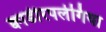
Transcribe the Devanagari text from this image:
क्वाडीरपलेगिया